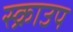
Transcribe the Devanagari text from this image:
स्क्राउप